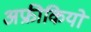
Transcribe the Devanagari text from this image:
अफ्रीकियो